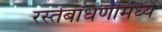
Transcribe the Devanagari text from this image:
रस्तेबांधणीमध्ये